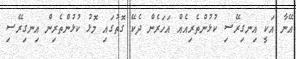
އޭނާ އަކީ އިނގިރޭސި ކުޅުންތެރިއެއް އަހަރެން ދެކޭ ގޮތުގައި މޮޅު ކުޅުންތެރިން އިނގިރޭސި